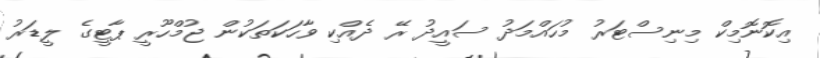
އިކޮނޮމިކް މިނިސްޓަރު މުހައްމަދު ސައީދު ރޭ ދެއްކި ވާހަކަތަކުން ޖުމްހޫރީ ޕާޓީގެ ލީޑަރު